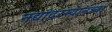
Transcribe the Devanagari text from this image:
नद्यांदरम्यानच्या